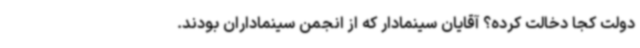
دولت کجا دخالت کرده؟ آقایان سینمادار که از انجمن سینماداران بودند.